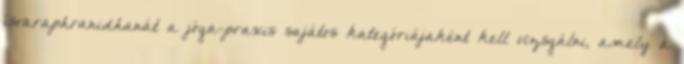
ísvaraphranidhanát a jóga-praxis sajátos kategóriájaként kell vizsgálni, amely a